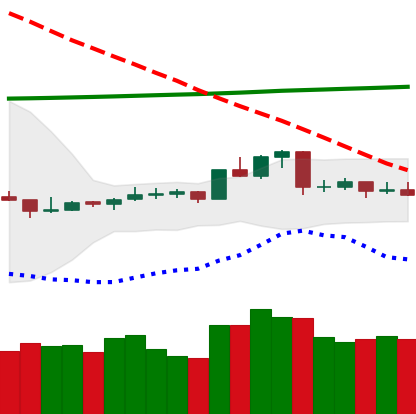
Ticker: ETC-USD
Chart end date: 2020-04-15
Forward return: 3.264%
Label: up_3_5